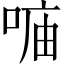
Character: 𠶦